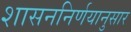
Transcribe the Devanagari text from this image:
शासननिर्णयानुसार